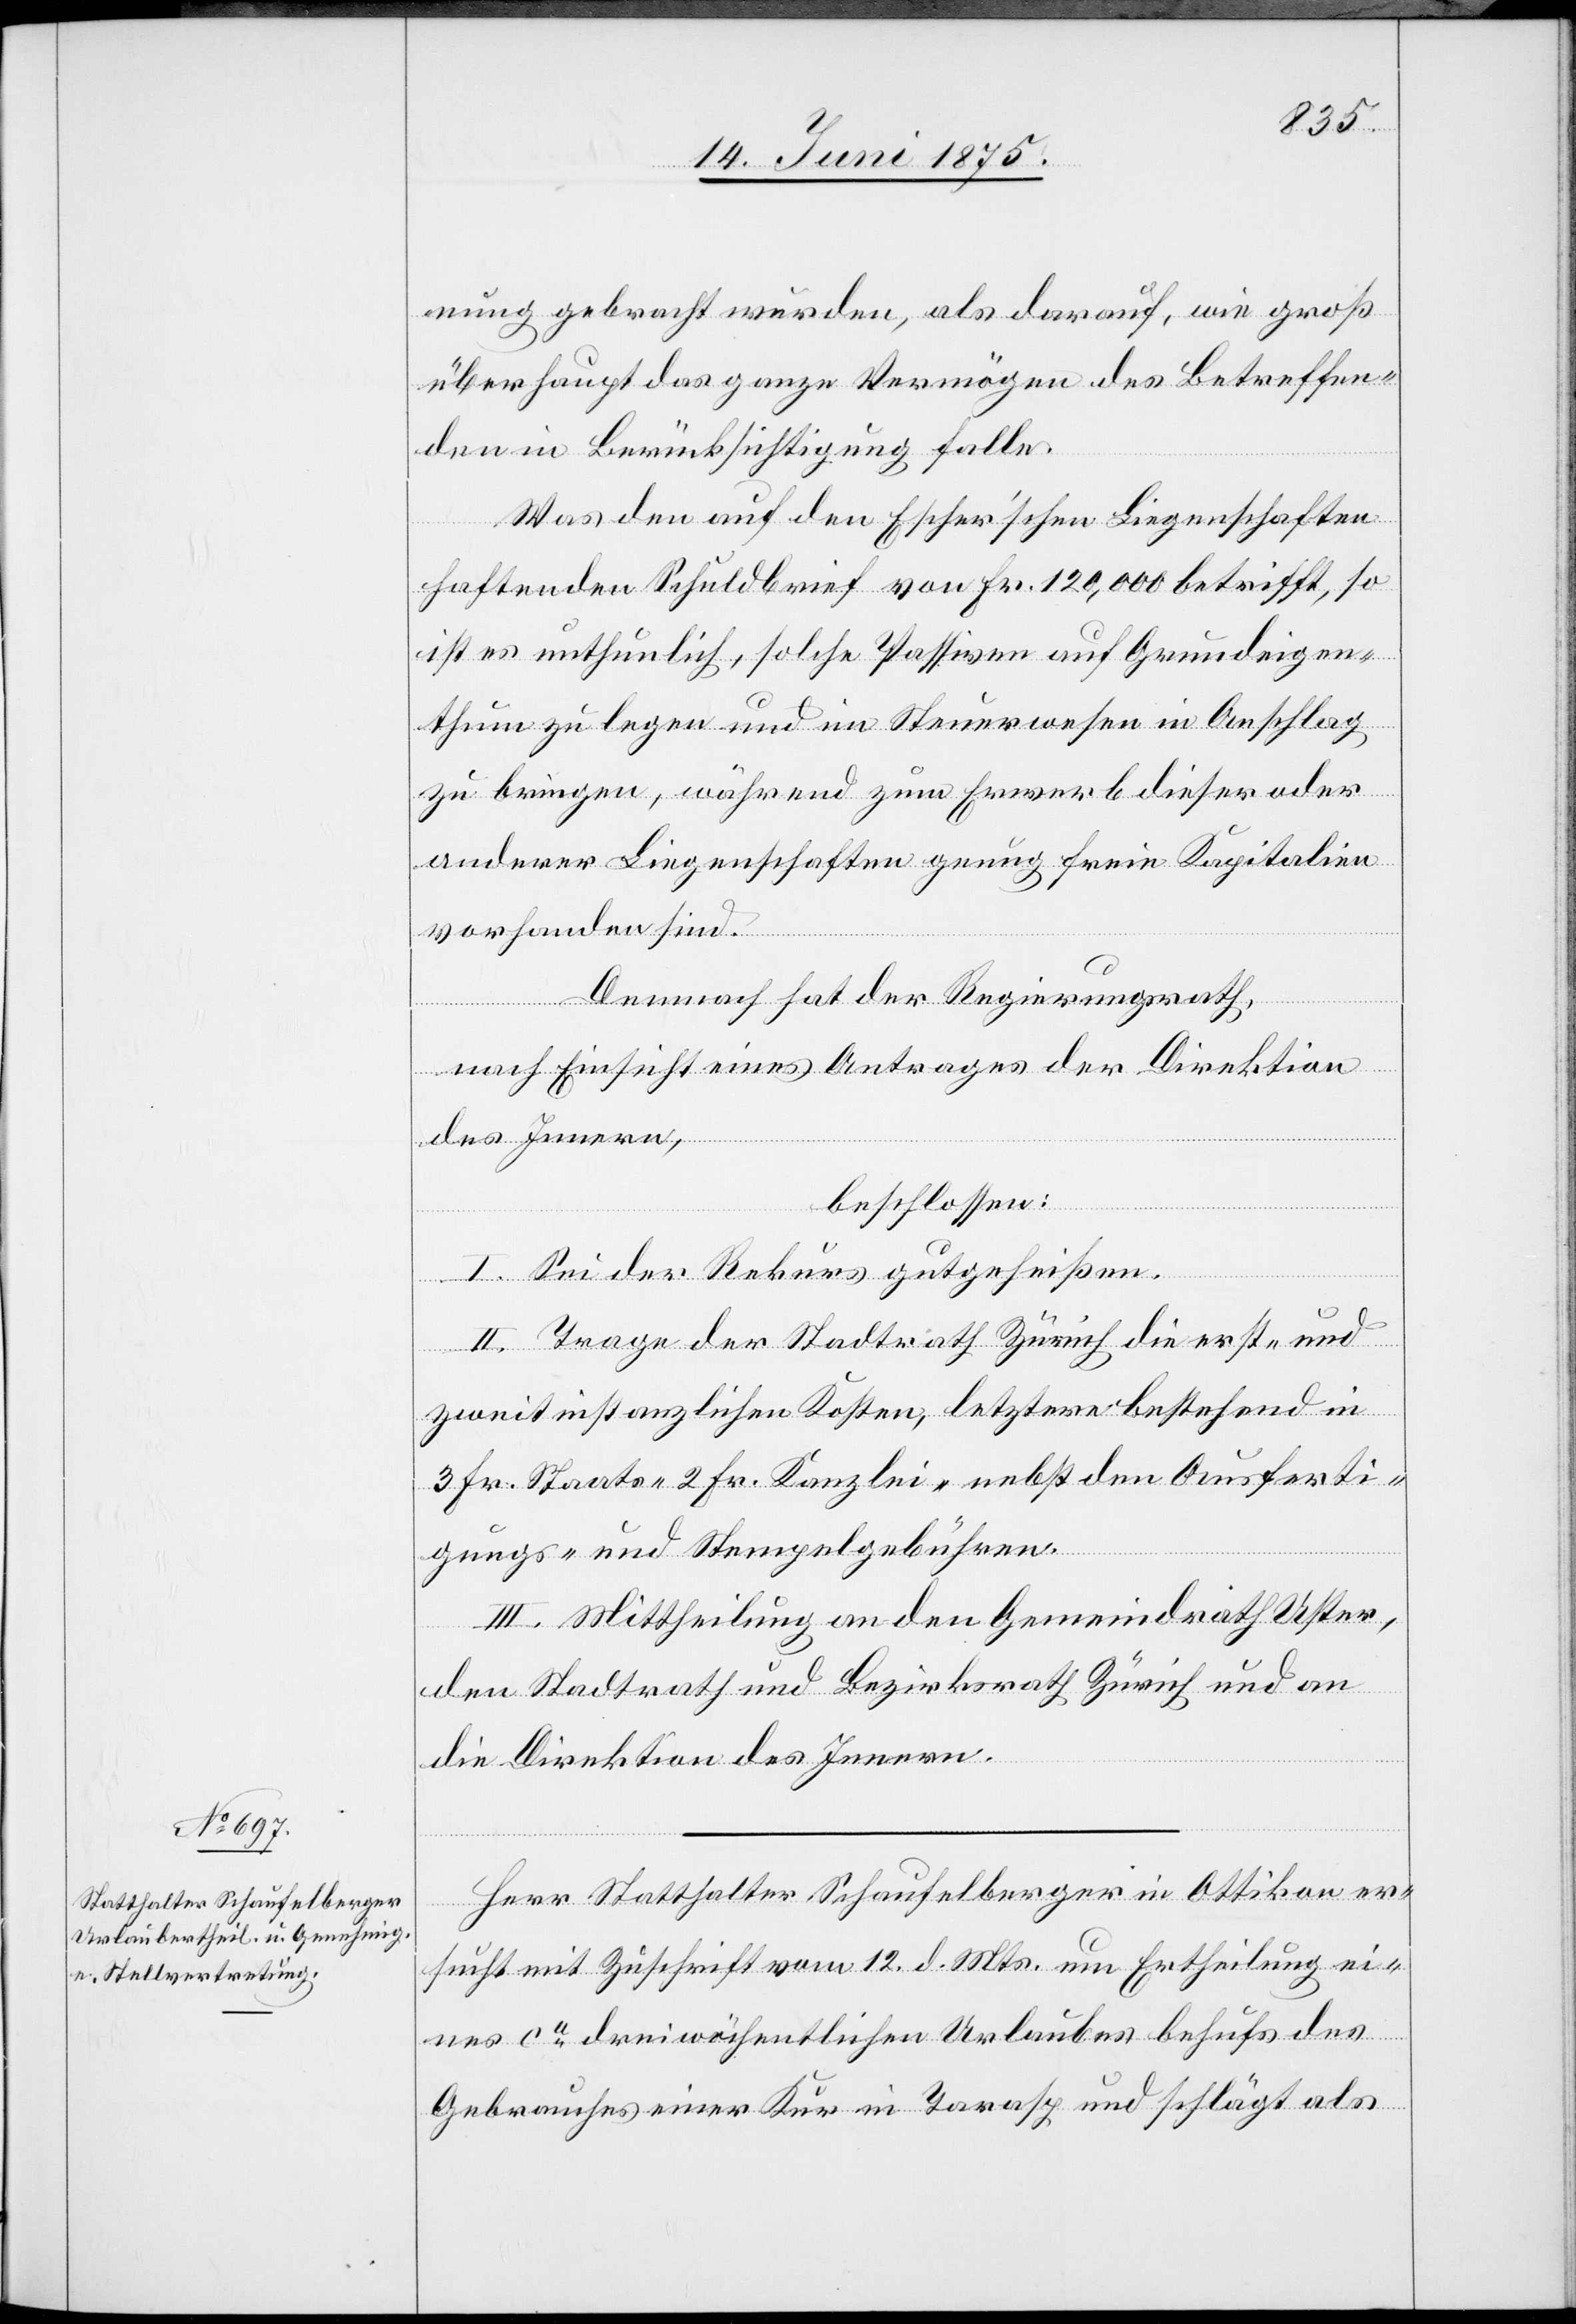
nung gebracht wurden, als darauf, wie groß
überhaupt das ganze Vermögen des Betreffen¬
den in Berücksichtigung falle.
Was den auf den Escher’schen Liegenschaften
haftenden Schuldbrief von Fr. 120,000 betrifft, so
ist es unthunlich, solche Passiven auf Grundeigen¬
thum zu legen und im Steuerwesen in Anschlag
zu bringen, während zum Erwerb dieser oder
anderer Liegenschaften genug freie Kapitalien
vorhanden sind.
Demnach hat der Regierungsrath,
nach Einsicht eines Antrages der Direktion
des Innern,
beschlossen:
I. Sei der Rekurs gutgeheißen.
II. Trage der Stadtrath Zürich die erst- und
zweitinstanzlichen Kosten, letztere bestehend in
3 Fr. Staats- 2 Fr. Kanzlei- nebst den Ausferti¬
gungs- und Stempelgebühren.
III. Mittheilung an den Gemeindrath Uster,
den Stadtrath und Bezirksrath Zürich und an
die Direktion des Innern.
Herr Statthalter Schaufelberger in Ottikon er¬
sucht mit Zuschrift vom 12. d. Mts. um Ertheilung ei¬
nes ca dreiwöchentlichen Urlaubes behufs des
Gebrauches einer Kur in Tarasp und schlägt als